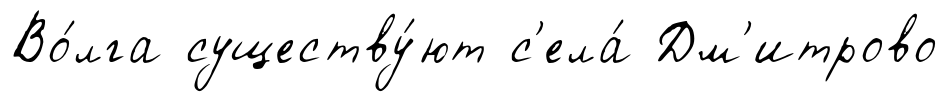
Во́лга существу́ют с'ела́ Дм'итрово